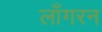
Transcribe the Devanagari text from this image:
लाँगरन